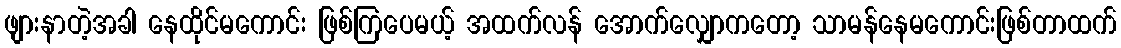
ဖျားနာတဲ့အခါ နေထိုင်မကောင်း ဖြစ်ကြပေမယ့် အထက်လန် အောက်လျှောကတော့ သာမန်နေမကောင်းဖြစ်တာထက်